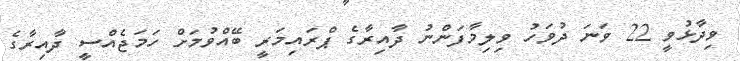
ވިދާޅުވީ 22 ވަނަ ދުވަހު ވިލިމާފަންނު ދާއިރާގެ ޕްރައިމަރީ ބޭއްވުމަށް ހަމަޖެއްސީ ދާއިރާގެ